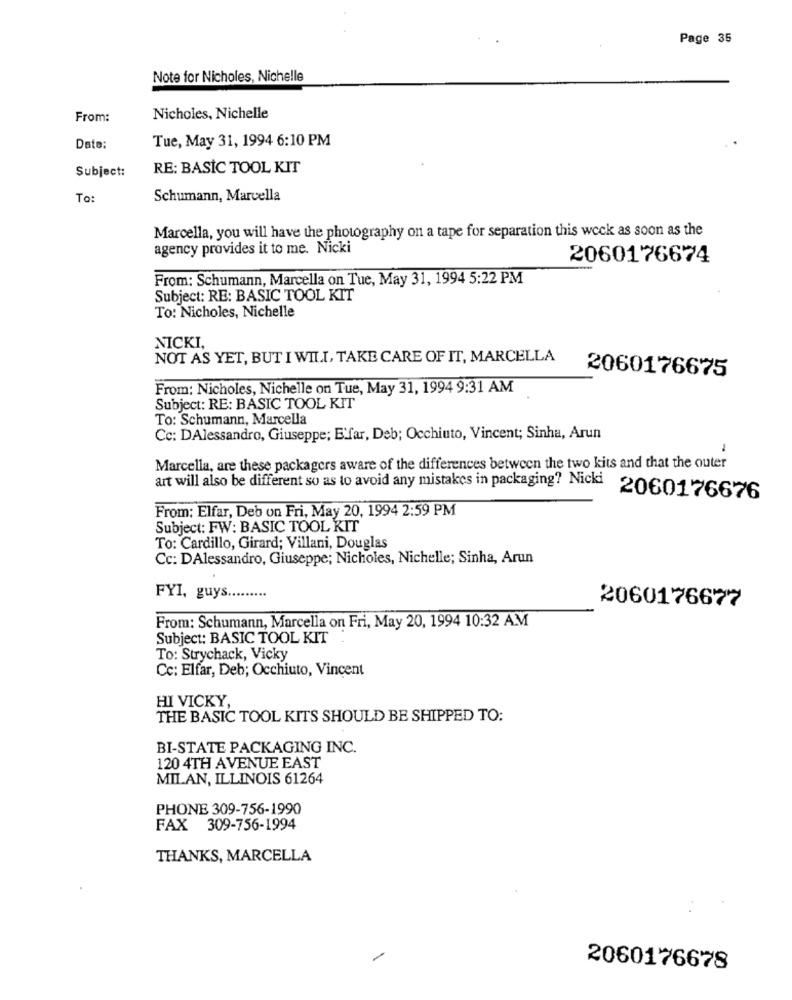
Page 35
Note for Nicholes, Nichelle
From:
Nicholes, Nichelle
Tue, May 31, 1994 6:10 PM
Date:
Subject:
RE: BASIC TOOL KIT
To:
Schumann, Marcella
Marcella, you will have the photography on a tape for separation this week as soon as the
agency provides it to me. Nicki
2060176674
From: Schumann, Marcella on Tue, May 31, 1994 5:22 PM
Subject: RE: BASIC TOOL KIT
To: Nicholes, Nichelle
NICKI,
NOT AS YET, BUT I WILL, TAKE CARE OF IT, MARCELLA
2060176675
From: Nicholes, Nichelle on Tue, May 31, 1994 9:31 AM
Subject: RE: BASIC TOOL KIT
To: Schumann, Marcella
Cc: DAlessandro, Giuseppe; E'far, Deb; Occhiuto, Vincent; Sinha, Arun
-
Marcella, are these packagers aware of the differences between the two kits and that the outer
art will also be different so as to avoid any mistakes in packaging? Nicki
2060176676
From: Elfar, Deb on Fri, May 20, 1994 2:59 PM
Subject: FW: BASIC TOOL KIT
To: Cardillo, Girard; Villani, Douglas
Cc: DAlessandro, Giuseppe; Nicholes, Nichelle; Sinha, Arun
FYI, guys .........
2060176677
From: Schumann, Marcella on Fri, May 20, 1994 10:32 AM
Subject: BASIC TOOL KIT
To: Strychack, Vicky
Cc: Elfar, Deb; Occhiuto, Vincent
HI VICKY,
THE BASIC TOOL KITS SHOULD BE SHIPPED TO:
BI-STATE PACKAGING INC.
120 4TH AVENUE EAST
MILAN, ILLINOIS 61264
PHONE 309-756-1990
FAX 309-756-1994
THANKS, MARCELLA
2060176678